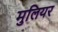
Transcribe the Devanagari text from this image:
मुलियर